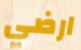
ارضي